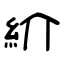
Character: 紒